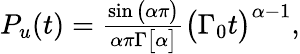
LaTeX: \begin{array}{r}{P_{u}(t)=\frac{\sin\big(\alpha\pi\big)}{\alpha\pi\Gamma\big[\alpha\big]}\big(\Gamma_{0}t\big)^{\alpha-1},}\end{array}